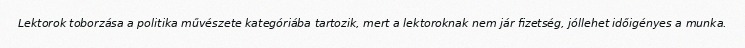
Lektorok toborzása a politika művészete kategóriába tartozik, mert a lektoroknak nem jár fizetség, jóllehet időigényes a munka.